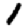
Digit: 1